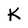
Character: K